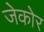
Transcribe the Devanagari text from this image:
जेकोर